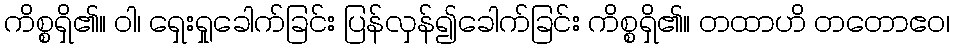
ကိစ္စရှိ၏။ ဝါ၊ ရှေးရှုခေါက်ခြင်း ပြန်လှန်၍ခေါက်ခြင်း ကိစ္စရှိ၏။ တထာဟိ တတောဧဝ၊